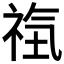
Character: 𥙰